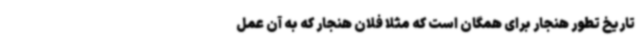
تاریخ تطور هنجار برای همگان است که مثلاً فلان هنجار که به آن عمل